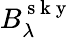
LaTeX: B_{\lambda}^{\mathrm{~s~k~y~}}